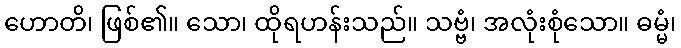
ဟောတိ၊ ဖြစ်၏။ သော၊ ထိုရဟန်းသည်။ သဗ္ဗံ၊ အလုံးစုံသော။ ဓမ္မံ၊